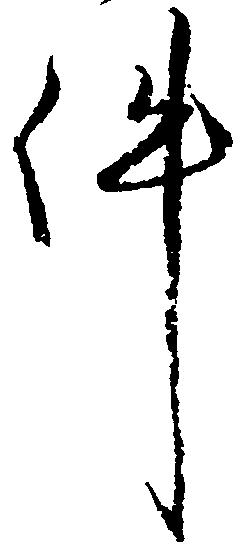
件